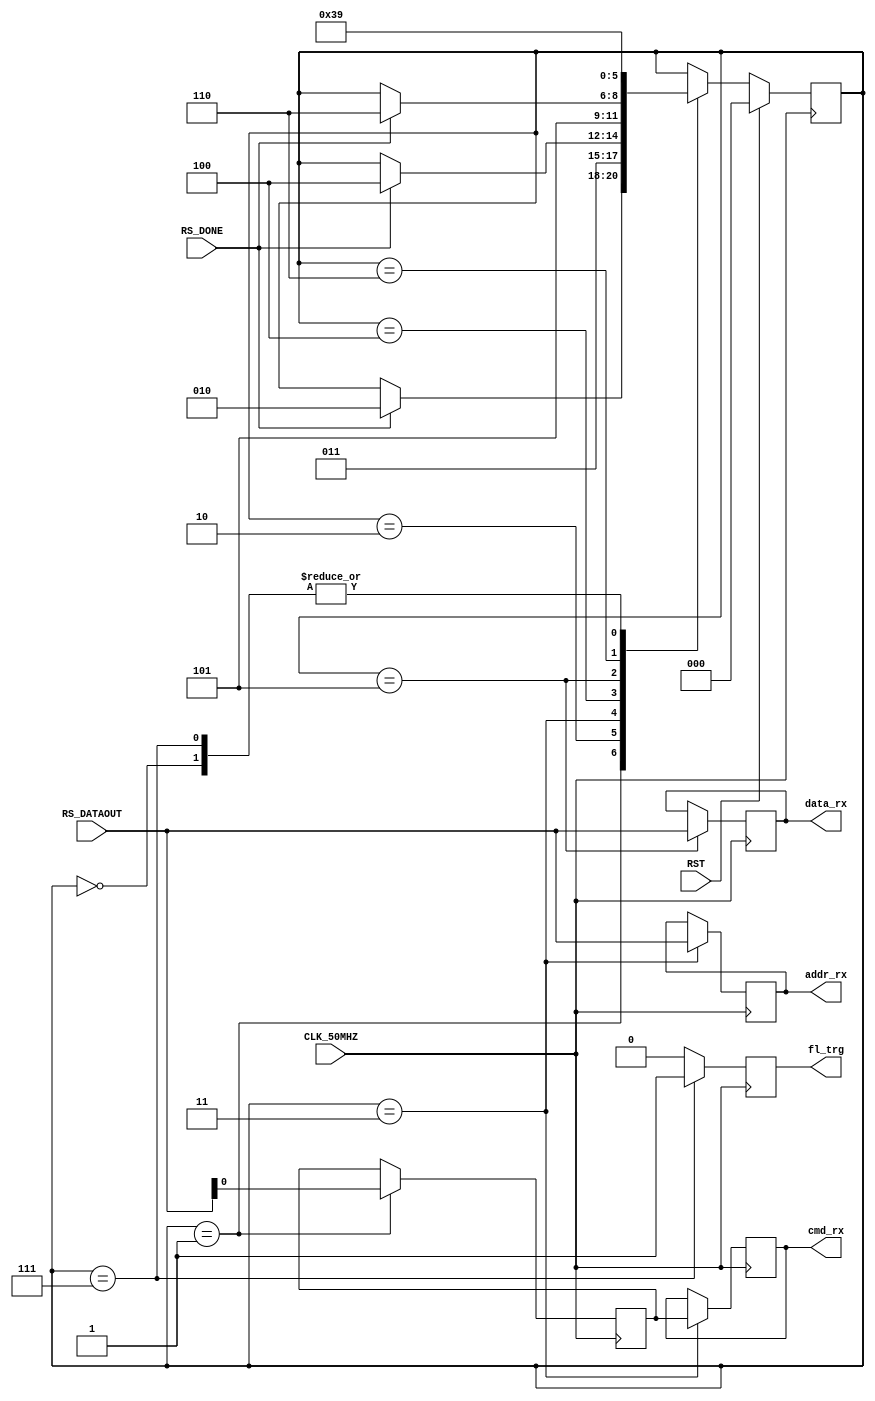
`timescale 1ns / 1ps
//////////////////////////////////////////////////////////////////////////////////
// Company: 
// Engineer: 
// 
// Design Name: 
// Module Name:    manager_rx_fsm 
// Project Name: 
// Target Devices: 
// Tool versions: 
// Description: 
//
// Dependencies: 
//
// Revision: 
// Revision 0.01 - File Created
// Additional Comments: 
//
//////////////////////////////////////////////////////////////////////////////////
module Manager_RX_FSM(
	input CLK_50MHZ,
	input RST,
	input [7:0] RS_DATAOUT,
	input RS_DONE,
	output reg fl_trg,
	output reg cmd_rx,
	output reg [7:0] addr_rx,
	output reg [7:0] data_rx
   );
	
	reg cmd_rx_buf;
	
	reg [2:0] state_rx;
	localparam [2:0]	IDLE = 3'd0,
							RX_WAITING_CMD = 3'd1,
							RX_READING_CMD = 3'd2,
							RX_WAITING_ADDR = 3'd3,
							RX_READING_ADDR = 3'd4,
							RX_WAITING_DATA = 3'd5,
							RX_READING_DATA = 3'd6,
							RX_DONE = 3'd7;


	always @(posedge CLK_50MHZ) begin
		if(RST) state_rx <= IDLE;
		else begin
			case (state_rx)
				IDLE: begin
					state_rx <= RX_WAITING_CMD;
				end
				RX_WAITING_CMD: begin
					if( RS_DONE ) begin
						state_rx <= RX_READING_CMD;
					end
				end
				RX_READING_CMD: begin
					state_rx <= RX_WAITING_ADDR;
				end
				RX_WAITING_ADDR: begin
					if( RS_DONE ) begin
						state_rx <= RX_READING_ADDR;
					end
				end
				RX_READING_ADDR: begin
					state_rx <= RX_WAITING_DATA;
				end
				RX_WAITING_DATA: begin
					if( RS_DONE ) begin
						state_rx <= RX_READING_DATA;
					end
				end
				RX_READING_DATA: begin
					state_rx <= RX_DONE;
				end
				RX_DONE: begin
					state_rx <= RX_WAITING_CMD;
				end
			endcase
		end
	end


	always @(posedge CLK_50MHZ) begin
		fl_trg = 1'b0;
	
		case( state_rx )
			RX_WAITING_CMD: begin
				cmd_rx_buf = RS_DATAOUT;
			end
			RX_WAITING_ADDR: begin
				cmd_rx = cmd_rx_buf;
				addr_rx = RS_DATAOUT;
			end
			RX_WAITING_DATA: begin
				data_rx = RS_DATAOUT;
			end
			RX_DONE:
				fl_trg = 1'b1;				
		endcase
	end

endmodule